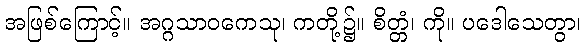
အဖြစ်ကြောင့်။ အဂ္ဂသာဝကေသု၊ ကတို့၌။ စိတ္တံ၊ ကို။ ပဒေါသေတွာ၊